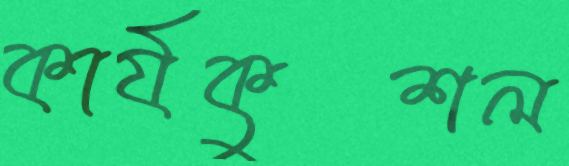
কার্যকুশল